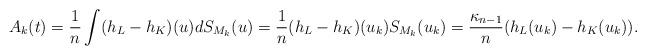
LaTeX: \begin{align*}A_k(t)=\frac{1}{n} \int (h_L-h_K)(u) dS_{M_k}(u) = \frac{1}{n} (h_L-h_K)(u_k) S_{M_k}(u_k)=\frac{\kappa_{n-1}}{n} (h_{L}(u_k)-h_K(u_k)).\end{align*}